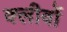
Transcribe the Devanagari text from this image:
क्लीवों